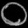
Digit: ၀